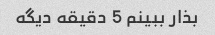
بذار ببینم 5 دقیقه دیگه